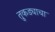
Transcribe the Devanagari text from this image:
तुकड्याचा